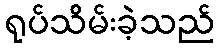
ရုပ်သိမ်းခဲ့သည်